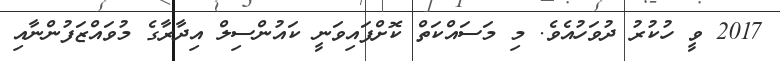
2017 ވީ ހުކުރު ދުވަހުއެވެ. މި މަސައްކަތް ކޮށްފައިވަނީ ކައުންސިލް އިދާރާގެ މުވައްޒަފުންނާއި